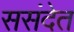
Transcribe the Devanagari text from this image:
ससंदेत